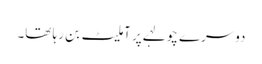
دوسرے چولہے پر آملیٹ بن رہا تھا۔